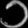
Digit: ၁